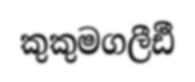
කුකුමගලීඪී